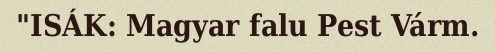
"ISÁK: Magyar falu Pest Várm.